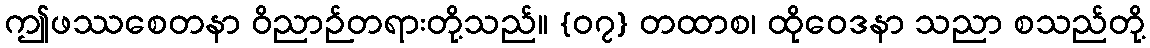
ဤဖဿစေတနာ ဝိညာဉ်တရားတို့သည်။ {၀၇} တထာစ၊ ထိုဝေဒနာ သညာ စသည်တို့